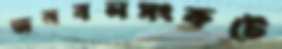
জনবলসংকটে